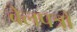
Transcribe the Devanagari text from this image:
बेलपत्रों